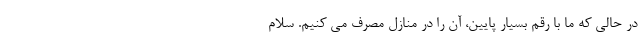
در حالی که ما با رقم بسیار پایین، آن را در منازل مصرف می کنیم. سلام